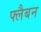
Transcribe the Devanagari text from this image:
फ्लैबन